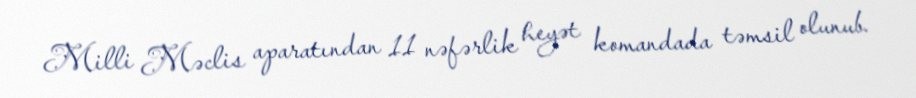
Milli Məclis aparatından 11 nəfərlik heyət komandada təmsil olunub.